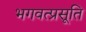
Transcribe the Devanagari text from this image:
भगवत्प्रसूति